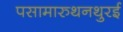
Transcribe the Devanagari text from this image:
पसामारुथनथुरई